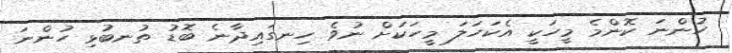
ހުންނަ ކޮންމެ މީހަކީ އެކަހަލަ މީހަކަށް ނުވެ ހިނގައިދާނެ ބޮޑު ތުނބުޅި ހުންނަ